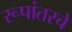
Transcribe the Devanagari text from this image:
रूपांतरचे